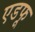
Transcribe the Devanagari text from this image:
एडफू